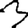
Digit: 3